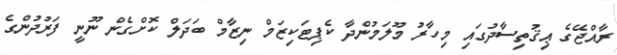
ރާއްޖޭގެ ޢިޤުތިސާދުގައި މިހާރު މޫލަމުންދާ ކެޕިޓަކިޒަމް ނިޒާމް ބަދަލް ކޮށްގެން ނޫނީ ފަރުދުންގެ